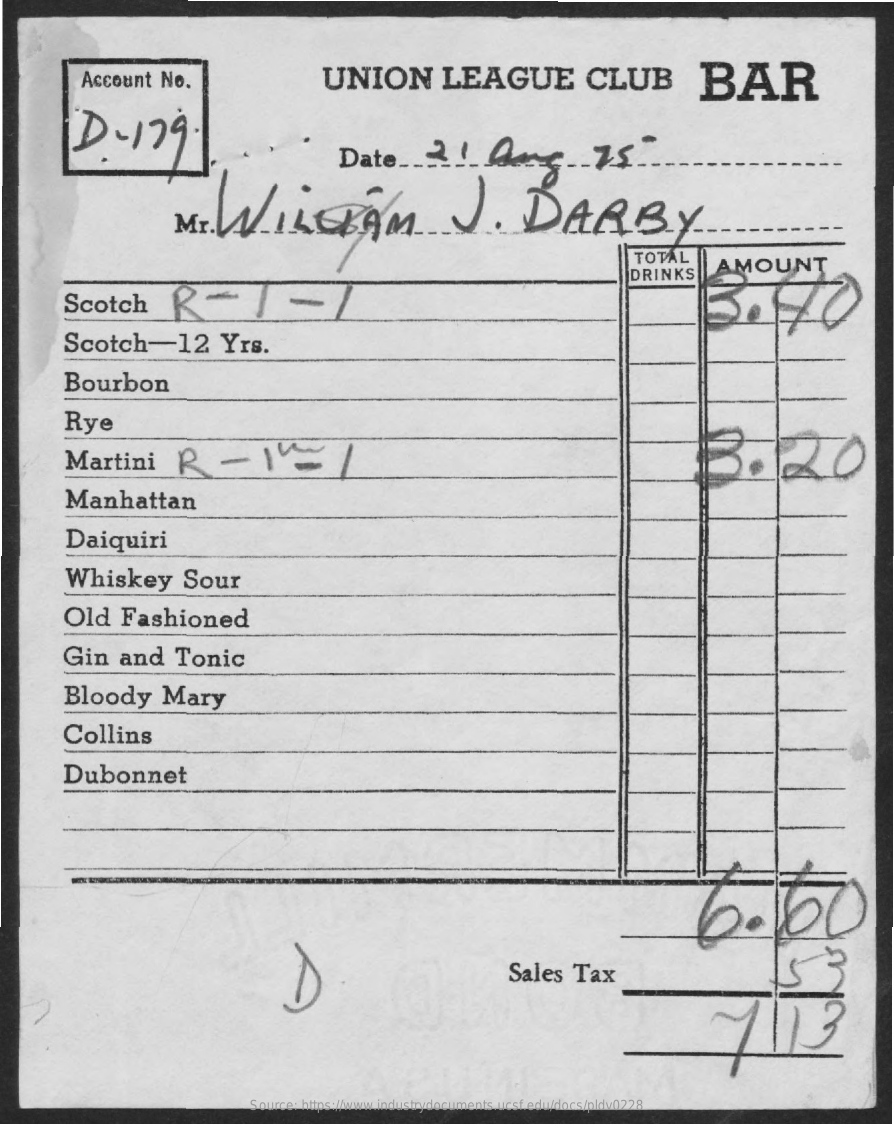
Account    No.    UNION    LEAGUE    CLUB    BAR
     D-179.
     Date    _______    75.
     Mr.    WILLIAM    J.    DARBY
     TOTAL
     Scotch    R-J    -7
     DRINKS    AMOUNT
     Scotch-12    Yrs.
     Bourbon
     Rye
     Martini    R    -    \/    3.20
     Manhattan
     Daiquiri
     Whiskey    Sour
     Old    Fashioned
     Gin    and    Tonic
     Bloody    Mary
     Collins
     Dubonnet
     6.00
     Sales    Tax
     Source: https://www.industrydocuments.ucsf.edu/docs/pldv0228